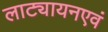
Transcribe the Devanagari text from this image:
लाट्यायनएवं